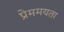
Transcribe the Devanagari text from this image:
प्रेममयता